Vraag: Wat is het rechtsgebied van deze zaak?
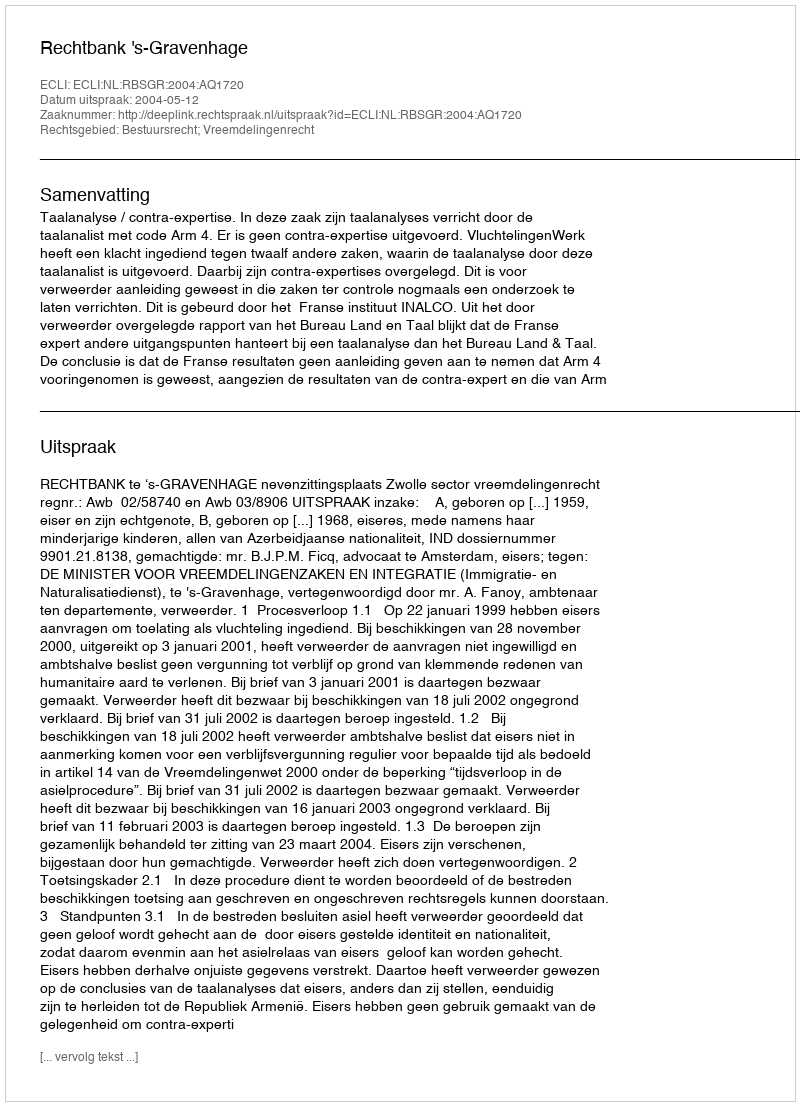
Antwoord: Bestuursrecht; Vreemdelingenrecht